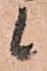
候